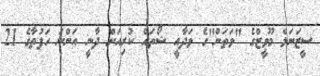
ސީޒަނަލް މޫވީޒްގެ "ވަތަން"ގެ ވަދާއީ ޝޯތައް ކުރިއަށް ދާނީ އަންނަ ހަފުތާގެ 21